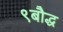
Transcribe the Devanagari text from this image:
९बौद्ध